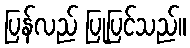
ပြန်လည် ပြုပြင်သည်။